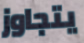
يتجاوز